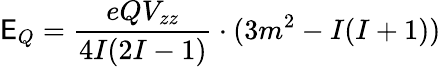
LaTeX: \mathsf{E}_{Q}={\frac{{eQV_{zz}}}{{4I(2I-1)}}}\cdot(3m^{2}-I(I+1))